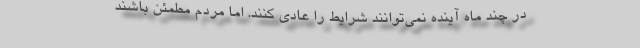
در چند ماه آینده نمی‌توانند شرایط را عادی کنند. اما مردم مطمئن باشند